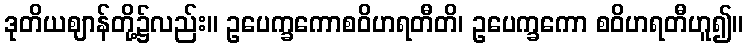
ဒုတိယဈာန်တို့၌လည်း။ ဥပေက္ခကောစဝိဟရတီတိ၊ ဥပေက္ခကော စဝိဟရတီဟူ၍။